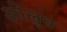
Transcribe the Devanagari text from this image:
ओलुव